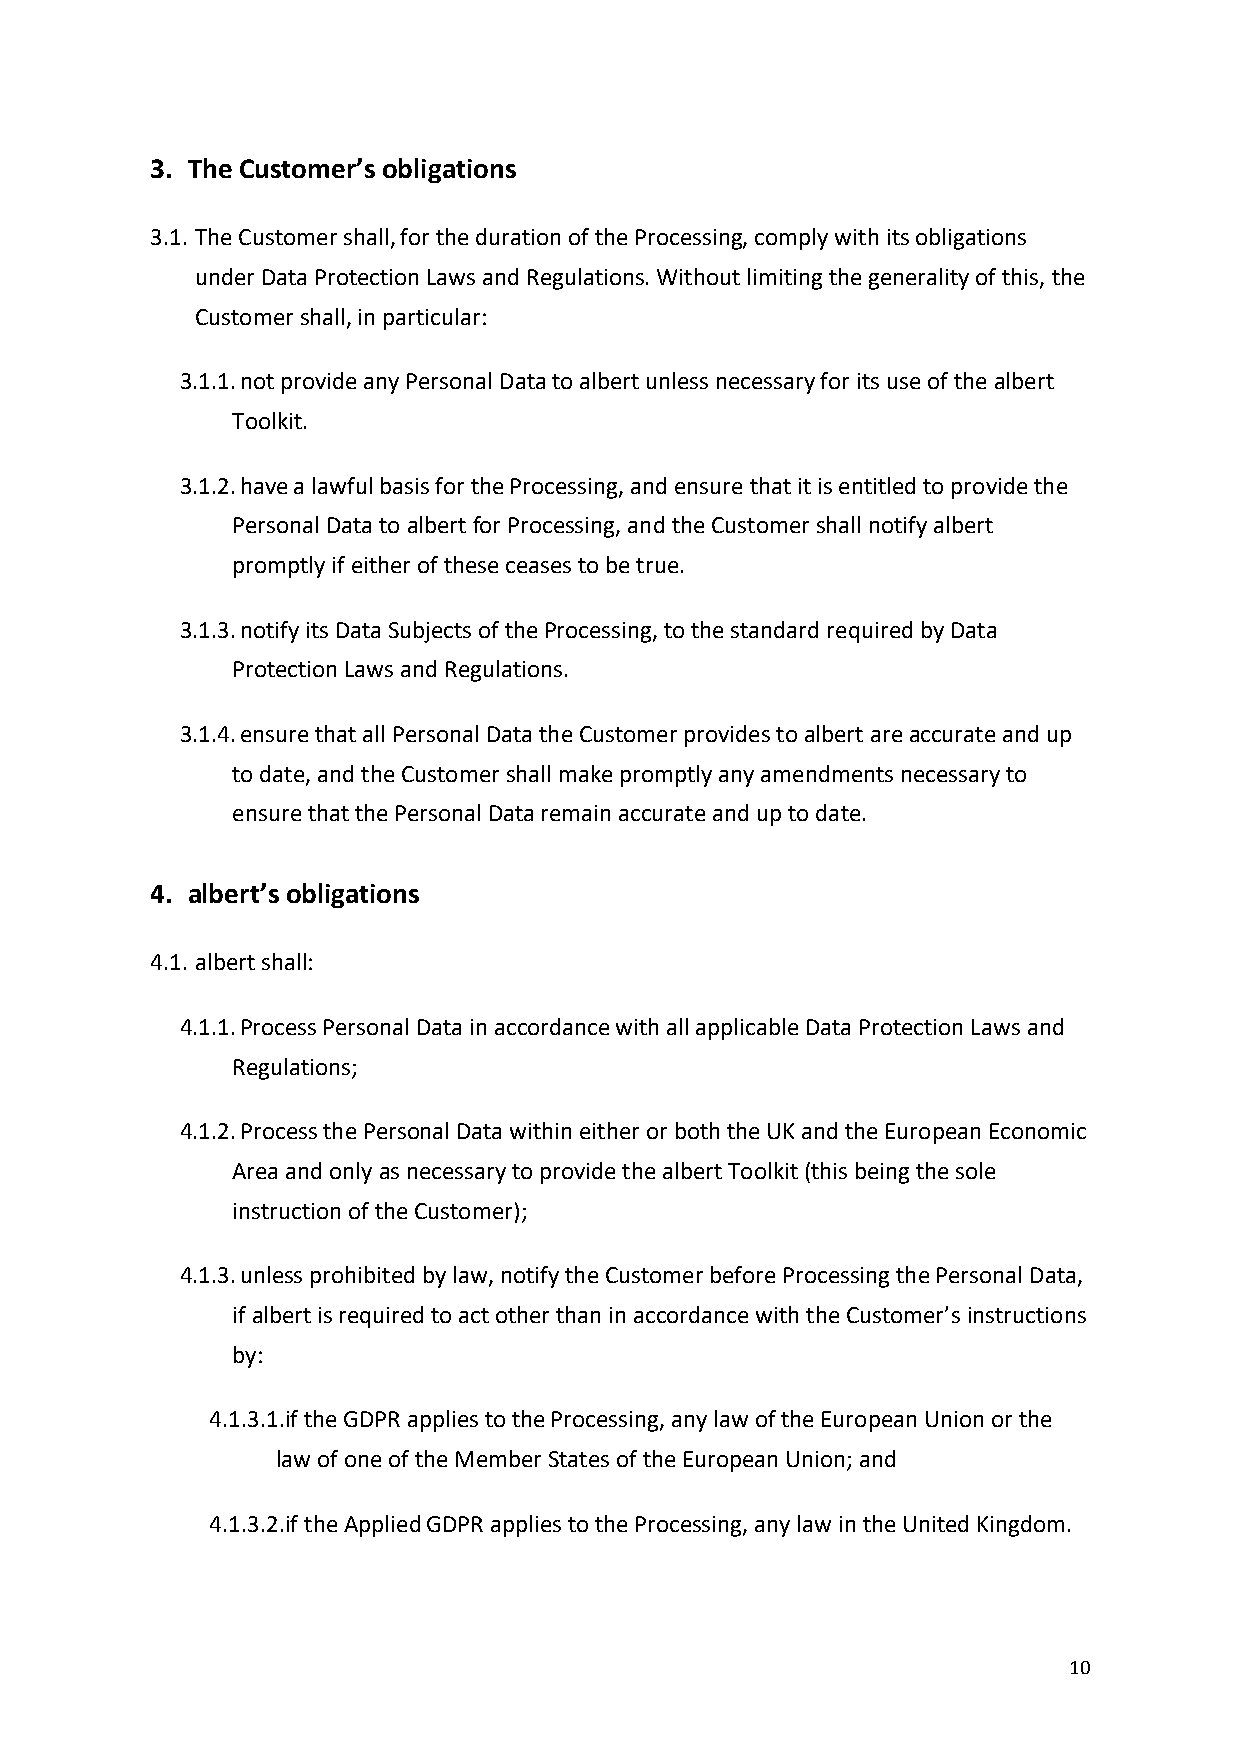
3. The Customer’s obligations
 3.1. The Customer shall, for the duration of the Processing, comply with its obligations
 under Data Protection Laws and Regulations. Without limiting the generality of this, the
 Customer shall, in particular:
 3.1.1. not provide any Personal Data to albert unless necessary for its use of the albert
 Toolkit.
 3.1.2. have a lawful basis for the Processing, and ensure that it is entitled to provide the
 Personal Data to albert for Processing, and the Customer shall notify albert
 promptly if either of these ceases to be true.
 3.1.3. notify its Data Subjects of the Processing, to the standard required by Data
 Protection Laws and Regulations.
 3.1.4. ensure that all Personal Data the Customer provides to albert are accurate and up
 to date, and the Customer shall make promptly any amendments necessary to
 ensure that the Personal Data remain accurate and up to date.
 4. albert’s obligations
 4.1. albert shall:
 4.1.1. Process Personal Data in accordance with all applicable Data Protection Laws and
 Regulations;
 4.1.2. Process the Personal Data within either or both the UK and the European Economic
 Area and only as necessary to provide the albert Toolkit (this being the sole
 instruction of the Customer);
 4.1.3. unless prohibited by law, notify the Customer before Processing the Personal Data,
 if albert is required to act other than in accordance with the Customer’s instructions
 by:
 4.1.3.1.if the GDPR applies to the Processing, any law of the European Union or the
 law of one of the Member States of the European Union; and
 4.1.3.2.if the Applied GDPR applies to the Processing, any law in the United Kingdom.
 10